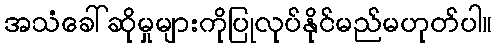
အသံခေါ်ဆိုမှုများကိုပြုလုပ်နိုင်မည်မဟုတ်ပါ။